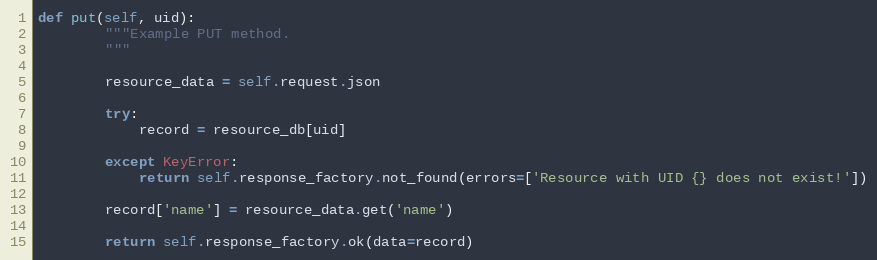
Language: Python
def put(self, uid):
        """Example PUT method.
        """

        resource_data = self.request.json

        try:
            record = resource_db[uid]

        except KeyError:
            return self.response_factory.not_found(errors=['Resource with UID {} does not exist!'])

        record['name'] = resource_data.get('name')

        return self.response_factory.ok(data=record)